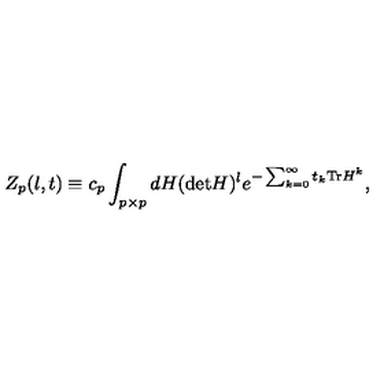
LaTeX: Z _ { p } ( l , t ) \equiv c _ { p } \int _ { p \times p } d H ( \mathrm { d e t } H ) ^ { l } e ^ { - \sum _ { k = 0 } ^ { \infty } t _ { k } \mathrm { T r } H ^ { k } } ,